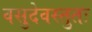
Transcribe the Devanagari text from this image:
वसुदेवस्तुतः